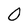
Character: 0